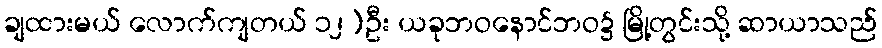
ချထားမယ် လောက်ကျတယ် ၁၂)ဦး ယခုဘဝနောင်ဘဝ၌ မြို့တွင်းသို့ ဆာယာသည်